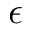
\epsilon